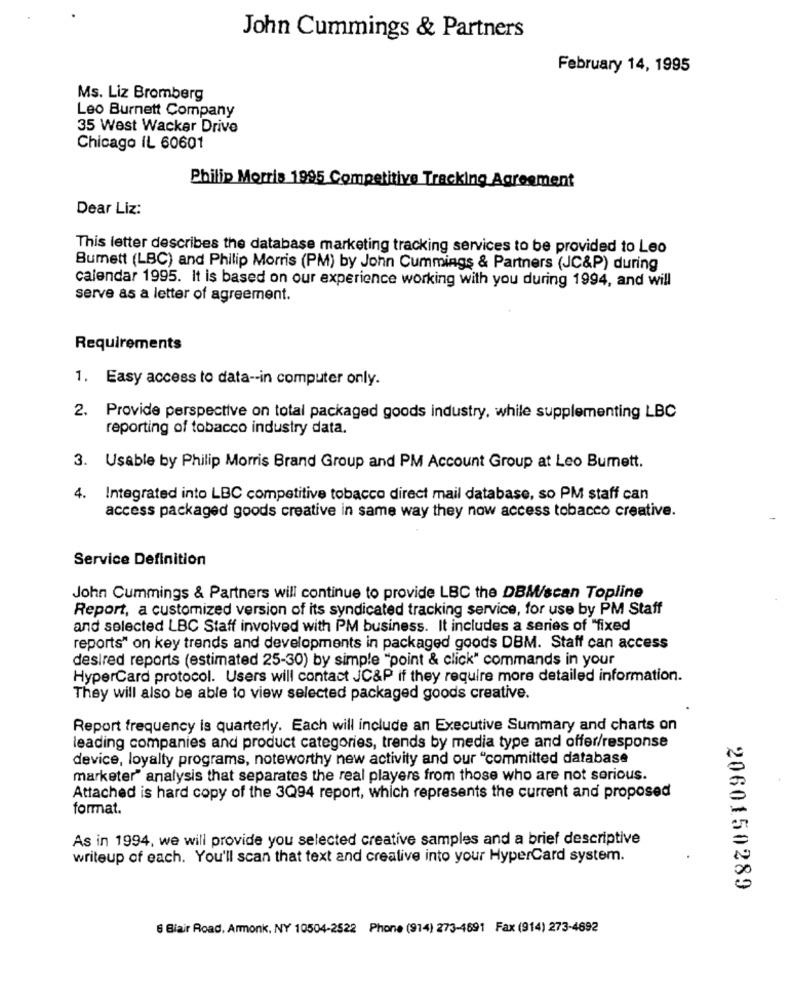
John Cummings & Partners
February 14, 1995
Ms. Liz Bromberg
Leo Burnett Company
35 West Wacker Drive
Chicago IL 60601
Philip Morris 1995 Competitive Tracking Agreement
Dear Liz:
This letter describes the database marketing tracking services to be provided to Leo
Bumett (LBC) and Philip Morris (PM) by John Cummings & Partners (JC&P) during
calendar 1995. It is based on our experience working with you during 1994, and will
serve as a letter of agreement.
Requirements
1. Easy access to data -- in computer only.
2. Provide perspective on total packaged goods industry, while supplementing LBC
reporting of tobacco industry data.
3. Usable by Philip Morris Brand Group and PM Account Group at Leo Burnett.
4.
Integrated into LBC competitive tobacco direct mail database, so PM staff can
access packaged goods creative in same way they now access tobacco creative.
Service Definition
John Cummings & Partners will continue to provide LBC the DBM/scan Topline
Report, a customized version of its syndicated tracking service, for use by PM Staff
and selected LBC Staff involved with PM business. It includes a series of "fixed
reports" on key trends and developments in packaged goods DBM. Staff can access
desired reports (estimated 25-30) by simple "point & click" commands in your
HyperCard protocol. Users will contact JC&P if they require more detailed information.
They will also be able to view selected packaged goods creative.
Report frequency is quarterly. Each will include an Executive Summary and charts on
leading companies and product categories, trends by media type and offer/response
device, loyalty programs, noteworthy new activity and our "committed database
marketer" analysis that separates the real players from those who are not serious.
Attached is hard copy of the 3Q94 report, which represents the current and proposed
format.
As in 1994, we will provide you selected creative samples and a brief descriptive
writeup of each. You'll scan that text and creative into your HyperCard system.
2060150289
6 Blair Road, Armonk, NY 10504-2522 Phone (914) 273-4691 Fax (914) 273-4692